Indian journal of veterinary science and animal husbandry - Volume 3,
Year: 1933
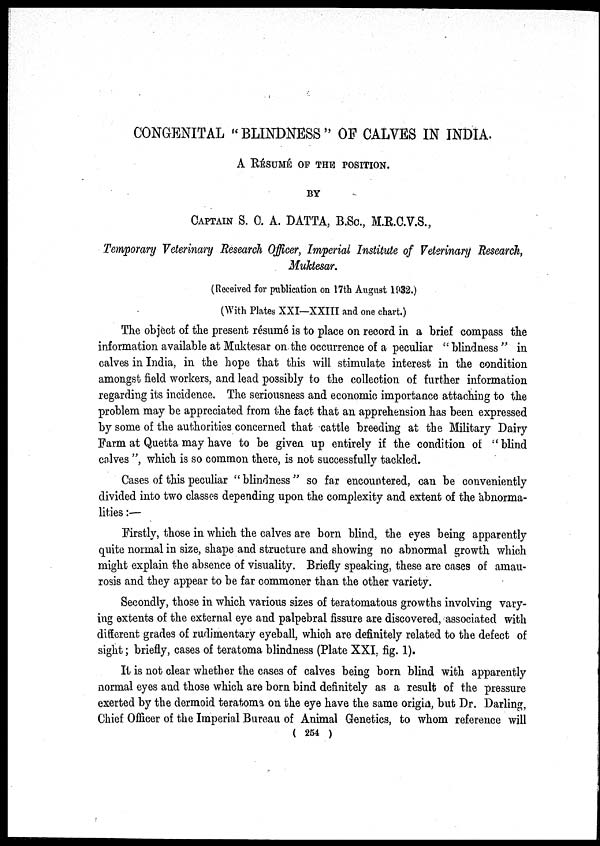
CONGENITAL "BLINDNESS" OF CALVES IN INDIA.
A RÉSUMÉ OF THE POSITION.
BY
CAPTAIN S. C. A. DATTA, B.Sc., M.R.C.V.S.,
Temporary Veterinary Research Officer, Imperial Institute of Veterinary Research,
Muktesar.
(Received for publication on 17th August 1932.)
(With Plates XXI—XXIII and one chart.)
The object of the present résumé is to place on record in a brief compass the
information available at Muktesar on the occurrence of a peculiar " blindness " in
calves in India, in the hope that this will stimulate interest in the condition
amongst field workers, and lead possibly to the collection of further information
regarding its incidence. The seriousness and economic importance attaching to the
problem may be appreciated from the fact that an apprehension has been expressed
by some of the authorities concerned that cattle breeding at the Military Dairy
Farm at Quetta may have to be given up entirely if the condition of " blind
calves ", which is so common there, is not successfully tackled.
Cases of this peculiar "blindness" so far encountered, can be conveniently
divided into two classes depending upon the complexity and extent of the abnorma-
lities :—
Firstly, those in which the calves are born blind, the eyes being apparently
quite normal in size, shape and structure and showing no abnormal growth which
might explain the absence of visuality. Briefly speaking, these are cases of amau-
rosis and they appear to be far commoner than the other variety.
Secondly, those in which various sizes of teratomatous growths involving vary-
ing extents of the external eye and palpebral fissure are discovered, associated with
different grades of rudimentary eyeball, which are definitely related to the defect of
sight; briefly, cases of teratoma blindness (Plate XXI, fig. 1).
It is not clear whether the cases of calves being born blind with apparently
normal eyes and those which are born bind definitely as a result of the pressure
exerted by the dermoid teratoma on the eye have the same origin, but Dr. Darling,
Chief Officer of the Imperial Bureau of Animal Genetics, to whom reference will
( 254 )